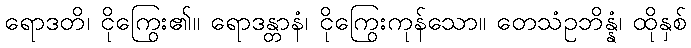
ရောဒတိ၊ ငိုကြွေး၏။ ရောဒန္တာနံ၊ ငိုကြွေးကုန်သော။ တေသံဥဘိန္နံ၊ ထိုနှစ်